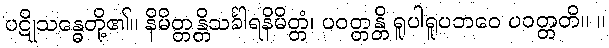
ပဋိုသန္ဓေတို့၏။ နိမိတ္တန္တိသင်္ခါရနိမိတ္တံ၊ ပဝတ္တန္တိ ရူပါရူပဘဝေ ပဝတ္တတိ။ ။